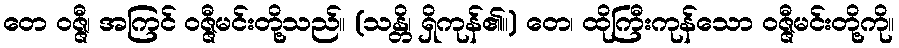
တေ ဝဇ္ဇီ၊ အကြင် ဝဇ္ဇီမင်းတို့သည်။ (သန္တိ၊ ရှိကုန်၏။) တေ၊ ထိုကြီးကုန်သော ဝဇ္ဇီမင်းတို့ကို။